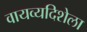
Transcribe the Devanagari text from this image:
वायव्यदिशेला